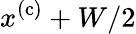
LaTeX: x^{\mathrm{(c)}}+W/2